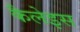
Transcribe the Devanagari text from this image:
कैलेइस